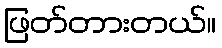
ဖြတ်တားတယ်။